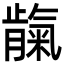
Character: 𬂕